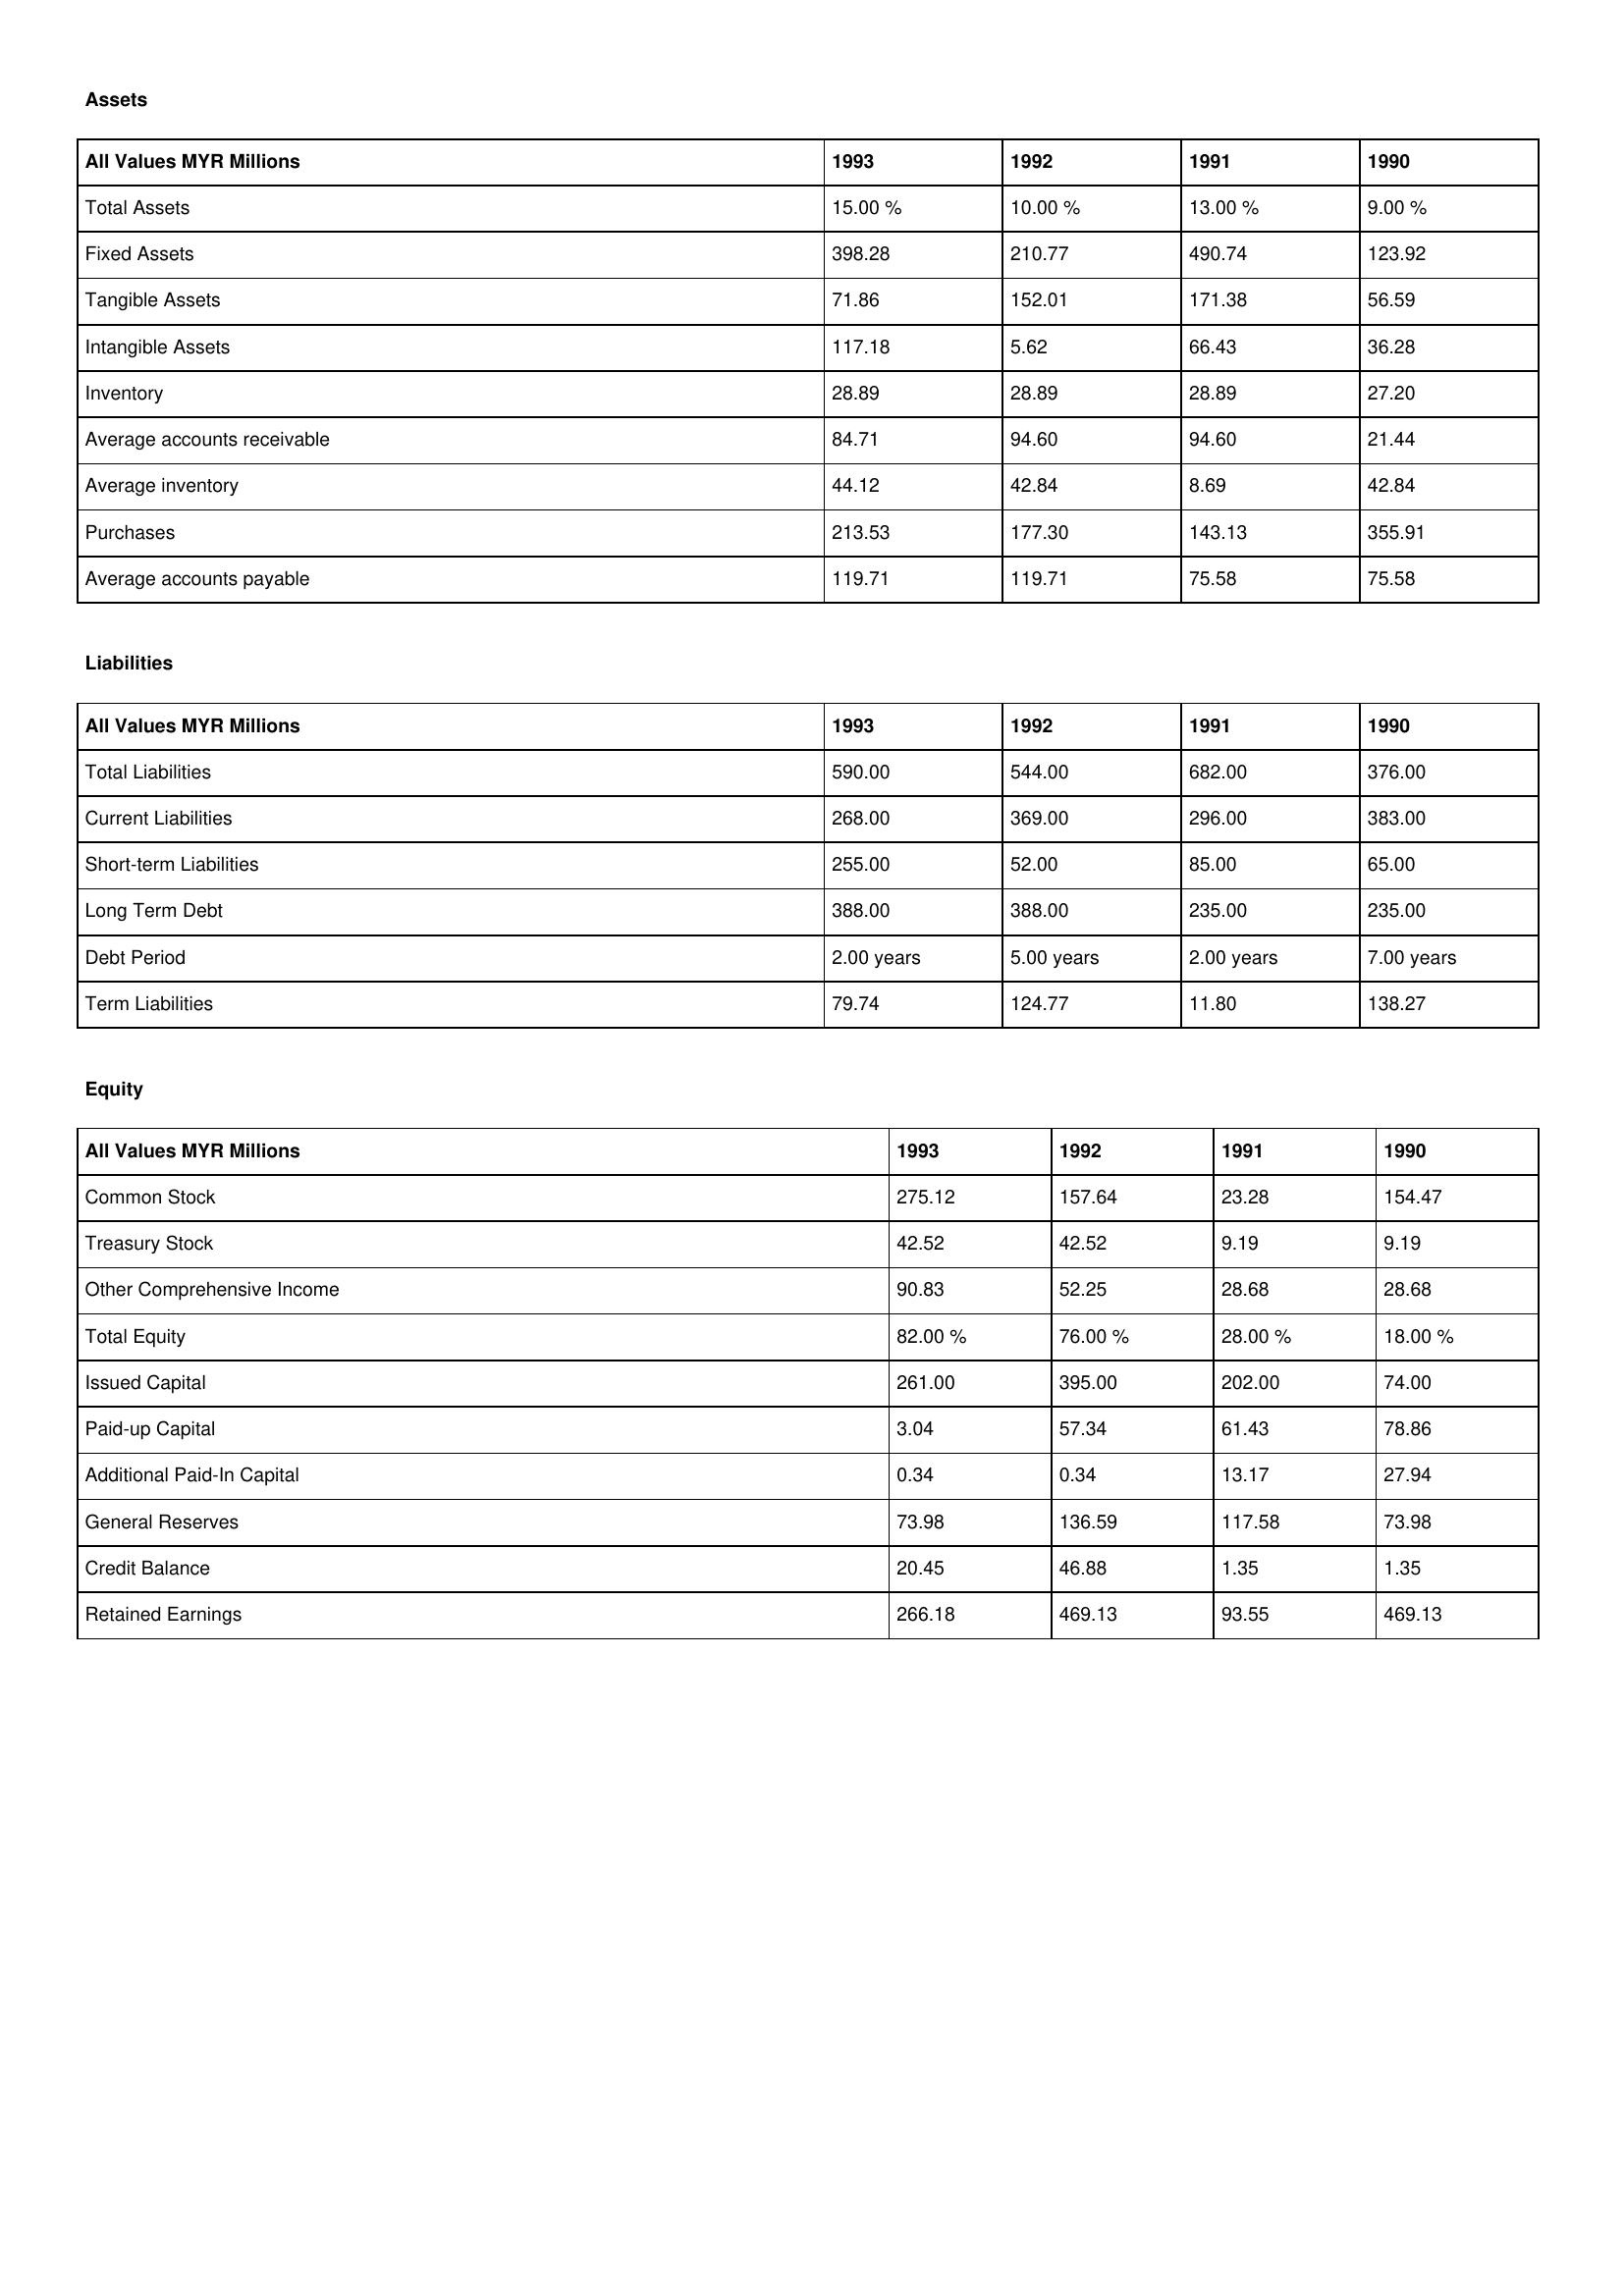
gt_parse: 1993: Assets: Total Assets: 15.00 %
Fixed Assets: 398.28
Tangible Assets: 71.86
Intangible Assets: 117.18
Inventory: 28.89
Average accounts receivable: 84.71
Average inventory: 44.12
Purchases: 213.53
Average accounts payable: 119.71
Liabilities: Total Liabilities: 590.00
Current Liabilities: 268.00
Short-term Liabilities: 255.00
Long Term Debt: 388.00
Debt Period: 2.00 years
Term Liabilities: 79.74
Equity: Common Stock: 275.12
Treasury Stock: 42.52
Other Comprehensive Income: 90.83
Total Equity: 82.00 %
Issued Capital: 261.00
Paid-up Capital: 3.04
Additional Paid-In Capital: 0.34
General Reserves: 73.98
Credit Balance: 20.45
Retained Earnings: 266.18
1992: Assets: Total Assets: 10.00 %
Fixed Assets: 210.77
Tangible Assets: 152.01
Intangible Assets: 5.62
Inventory: 28.89
Average accounts receivable: 94.60
Average inventory: 42.84
Purchases: 177.30
Average accounts payable: 119.71
Liabilities: Total Liabilities: 544.00
Current Liabilities: 369.00
Short-term Liabilities: 52.00
Long Term Debt: 388.00
Debt Period: 5.00 years
Term Liabilities: 124.77
Equity: Common Stock: 157.64
Treasury Stock: 42.52
Other Comprehensive Income: 52.25
Total Equity: 76.00 %
Issued Capital: 395.00
Paid-up Capital: 57.34
Additional Paid-In Capital: 0.34
General Reserves: 136.59
Credit Balance: 46.88
Retained Earnings: 469.13
1991: Assets: Total Assets: 13.00 %
Fixed Assets: 490.74
Tangible Assets: 171.38
Intangible Assets: 66.43
Inventory: 28.89
Average accounts receivable: 94.60
Average inventory: 8.69
Purchases: 143.13
Average accounts payable: 75.58
Liabilities: Total Liabilities: 682.00
Current Liabilities: 296.00
Short-term Liabilities: 85.00
Long Term Debt: 235.00
Debt Period: 2.00 years
Term Liabilities: 11.80
Equity: Common Stock: 23.28
Treasury Stock: 9.19
Other Comprehensive Income: 28.68
Total Equity: 28.00 %
Issued Capital: 202.00
Paid-up Capital: 61.43
Additional Paid-In Capital: 13.17
General Reserves: 117.58
Credit Balance: 1.35
Retained Earnings: 93.55
1990: Assets: Total Assets: 9.00 %
Fixed Assets: 123.92
Tangible Assets: 56.59
Intangible Assets: 36.28
Inventory: 27.20
Average accounts receivable: 21.44
Average inventory: 42.84
Purchases: 355.91
Average accounts payable: 75.58
Liabilities: Total Liabilities: 376.00
Current Liabilities: 383.00
Short-term Liabilities: 65.00
Long Term Debt: 235.00
Debt Period: 7.00 years
Term Liabilities: 138.27
Equity: Common Stock: 154.47
Treasury Stock: 9.19
Other Comprehensive Income: 28.68
Total Equity: 18.00 %
Issued Capital: 74.00
Paid-up Capital: 78.86
Additional Paid-In Capital: 27.94
General Reserves: 73.98
Credit Balance: 1.35
Retained Earnings: 469.13